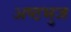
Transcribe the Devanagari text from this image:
अष्ठभुज